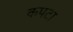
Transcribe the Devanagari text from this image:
कपटा